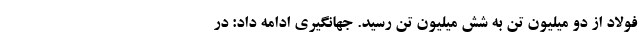
فولاد از دو میلیون تن به شش میلیون تن رسید. جهانگیری ادامه داد: در